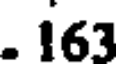
. 163